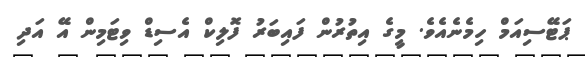
ޕަޓޭސިއަމް ހިމެނެއެވެ. މީގެ އިތުރުން ފައިބަރު ފޮލިކް އެސިޑް ވިޓަމިން އޭ އަދި